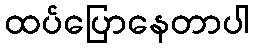
ထပ်ပြောနေတာပါ